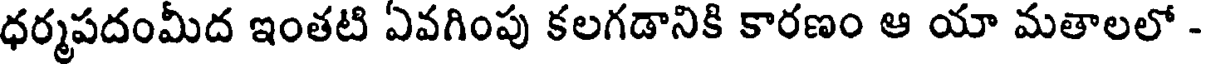
ధర్మపదంమీద ఇంతటి ఏవగింపు కలగడానికి కారణం ఆ యా మతాలలో -